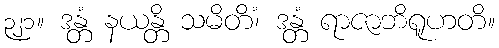
၃၂၁။ ဒန္တံ နယန္တိ သမိတိံ၊ ဒန္တံ ရာဇာဘိရူဟတိ။